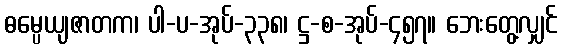
ဓမ္ပေယျဇာတက၊ ပါ-ပ-အုပ်-၃၃၈၊ ဋ္ဌ-စ-အုပ်-၄၅၇။ ဘေးတွေ့လျှင်